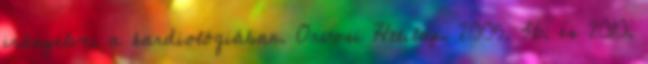
irányelvei a kardiológiában. Orvosi Hetilap, 2005. 36. és 2010.